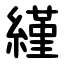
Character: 䌍